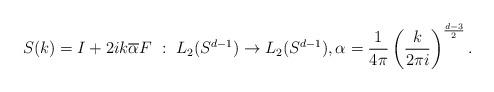
LaTeX: \begin{align*}S(k)= I + 2ik \overline{\alpha} F ~ : ~ L_2(S^{d-1}) \rightarrow L_2(S^{d-1}), \alpha=\frac{1}{4\pi}\left (\frac{k}{2\pi i} \right )^{\frac{d-3}{2}}.\end{align*}